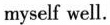
myself well.